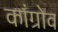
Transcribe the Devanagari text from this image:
कांग्रोव